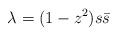
LaTeX: \begin{align*}\lambda=(1-z^2)s\bar s\end{align*}